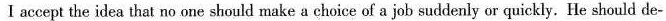
I accept the idea that no one should make a choice of a job suddenly or quickly. He should de-